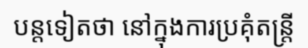
បន្តទៀតថា នៅក្នុងការប្រគុំតន្ត្រី